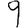
Digit: 9